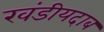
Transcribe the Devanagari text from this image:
खंडीयदाब